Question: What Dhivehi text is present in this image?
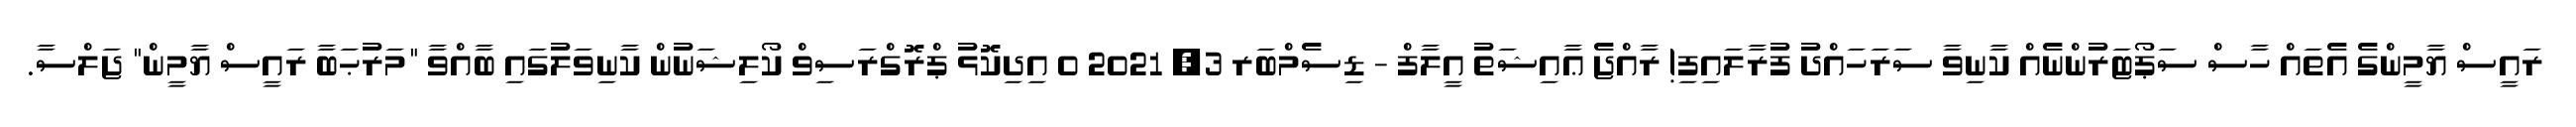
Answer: ރައީސް ޔާމީންގެ އެތައް ހާސް ސަޕޯޓަރުންނެއް ކާނިވާ ސަރަހައްދު ފުރާލައިފި! ރާއްޖެ ޢާއިޝަތު އީލާފް - ޑިސެމްބަރ 3, 2021 0 އިދިކޮޅު ޕްރޮގްރަސިވް ކޯލިޝަނުން ކާނިވަލުގައި ބާއްވާ "މަރުޙަބާ ރައީސް ޔާމީން" ޖަލްސާ.